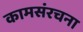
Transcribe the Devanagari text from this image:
कामसंरचना